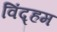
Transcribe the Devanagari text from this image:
विंद्हम